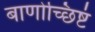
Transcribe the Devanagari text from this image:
बाणोच्छिष्टं